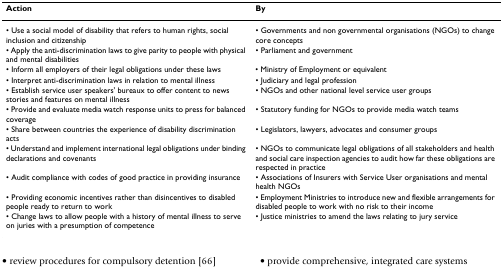
<table><thead><tr><td><b>Action</b></td><td><b>By</b></td></tr></thead><tbody><tr><td>• Use a social model of disability that refers to human rights, social inclusion and citizenship</td><td>• Governments and non governmental organisations (NGOs) to change core concepts</td></tr><tr><td>• Apply the anti-discrimination laws to give parity to people with physical and mental disabilities</td><td>• Parliament and government</td></tr><tr><td>• Inform all employers of their legal obligations under these laws</td><td>• Ministry of Employment or equivalent</td></tr><tr><td>• Interpret anti-discrimination laws in relation to mental illness</td><td>• Judiciary and legal profession</td></tr><tr><td>• Establish service user speakers&#x27; bureaux to offer content to news stories and features on mental illness</td><td>• NGOs and other national level service user groups</td></tr><tr><td>• Provide and evaluate media watch response units to press for balanced coverage</td><td>• Statutory funding for NGOs to provide media watch teams</td></tr><tr><td>• Share between countries the experience of disability discrimination acts</td><td>• Legislators, lawyers, advocates and consumer groups</td></tr><tr><td>• Understand and implement international legal obligations under binding declarations and covenants</td><td>• NGOs to communicate legal obligations of all stakeholders and health and social care inspection agencies to audit how far these obligations are respected in practice</td></tr><tr><td>• Audit compliance with codes of good practice in providing insurance</td><td>• Associations of Insurers with Service User organisations and mental health NGOs</td></tr><tr><td>• Providing economic incentives rather than disincentives to disabled people ready to return to work</td><td>• Employment Ministries to introduce new and flexible arrangements for disabled people to work with no risk to their income</td></tr><tr><td>• Change laws to allow people with a history of mental illness to serve on juries with a presumption of competence</td><td>• Justice ministries to amend the laws relating to jury service</td></tr></tbody></table>